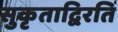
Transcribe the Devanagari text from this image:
सुकृताद्विरतिं